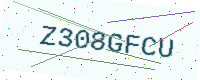
Text: Z308GFCU